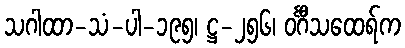
သဂါထာ-သံ-ပါ-၁၉၅၊ ဋ္ဌ-၂၅၆၊ ဝင်္ဂီသထေရ်က